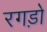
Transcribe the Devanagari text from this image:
रगड़ो